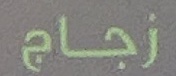
زجاج